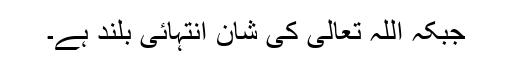
جبکہ اللہ تعالیٰ کی شان انتہائی بلند ہے۔